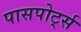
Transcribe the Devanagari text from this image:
पासपोर्ट्स